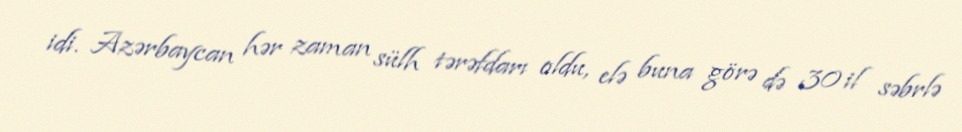
idi. Azərbaycan hər zaman sülh tərəfdarı oldu, elə buna görə də 30 il səbrlə